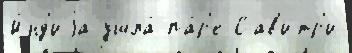
И́нд'иjа ушла́ па́р'е Сав'итр'и